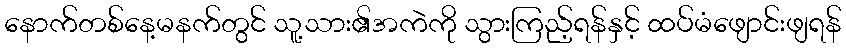
နောက်တစ်နေ့မနက်တွင် သူ့သား၏အကဲကို သွားကြည့်ရန်နှင့် ထပ်မံဖျောင်းဖျရန်